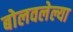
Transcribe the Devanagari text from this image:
बोलवलेल्या